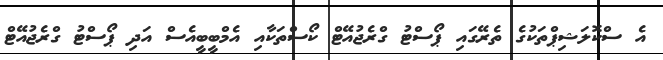
އެ ސްކޮލަޝިޕްތަކުގެ ތެރޭގައި ޕޯސްޓު ގްރެޖުއޭޓް ކޯސްތަކާއި އެމްބީބީއެސް އަދި ޕޯސްޓު ގްރެޖުއޭޓް